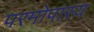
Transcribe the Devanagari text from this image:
परमोपास्य